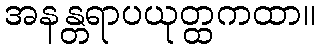
အနန္တရာပယုတ္ထကထာ။